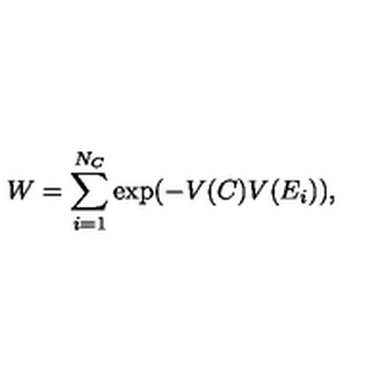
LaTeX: W = \sum _ { i = 1 } ^ { N _ { C } } \mathrm { e x p } ( - V ( C ) V ( E _ { i } ) ) ,